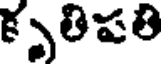
కృతిపతి